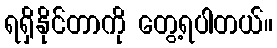
ရရှိနိုင်တာကို တွေ့ရပါတယ်။